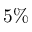
5 \%